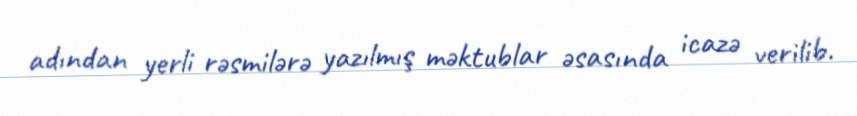
adından yerli rəsmilərə yazılmış məktublar əsasında icazə verilib.